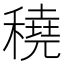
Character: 穘